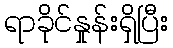
ရာခိုင်နှုန်းရှိပြီး